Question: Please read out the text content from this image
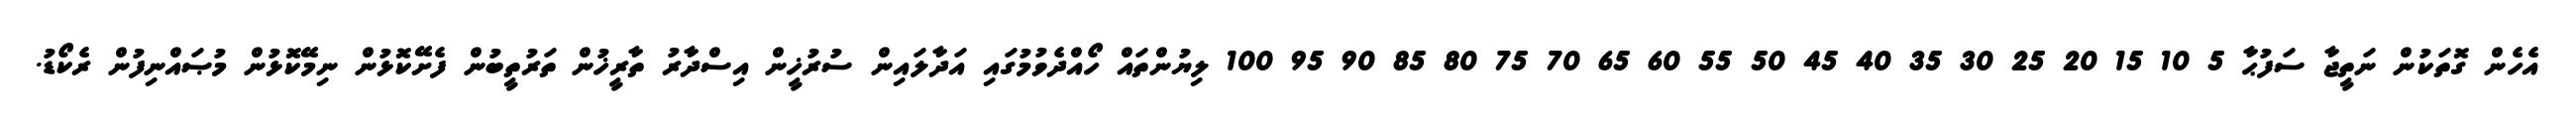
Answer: އެހެން ގޮތަކުން ނަތީޖާ ސަފުޙާ 5 10 15 20 25 30 35 40 45 50 55 60 65 70 75 80 85 90 95 100 ލިޔުންތައް ހޯއްދެވުމުގައި އަދާލައިން ސުރުޚީން އިސްދާރު ތާރީޚުން ތަރުތީބުން ފެށޭކޮޅުން ނިމޭކޮޅުން މުޞައްނިފުން ރެކޯޑު.